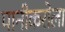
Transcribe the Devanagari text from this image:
पानीकरोला